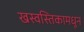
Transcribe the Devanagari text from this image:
खस्वस्तिकामधून